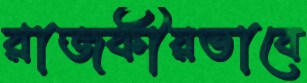
রাজকীয়ভাবে